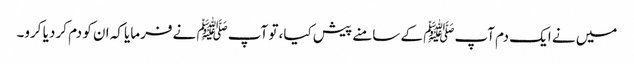
میں نے ایک دم آپﷺ کے سامنے پیش کیا، تو آپﷺ نے فرمایا کہ ان کو دم کر دیا کرو۔